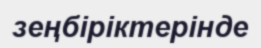
зеңбіріктерінде